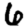
Digit: 6